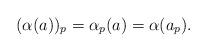
LaTeX: \begin{align*}(\alpha(a))_p = \alpha_p(a) = \alpha(a_p).\end{align*}